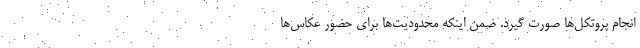
انجام پروتکل‌ها صورت گیرد. ضمن اینکه محدودیت‌ها برای حضور عکاس‌ها